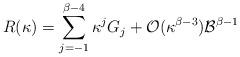
LaTeX: \begin{align*}R(\kappa)=\sum_{j=-1}^{\beta-4}\kappa^jG_j+\mathcal{O}(\kappa^{\beta-3})\mathcal{B}^{\beta-1}\end{align*}